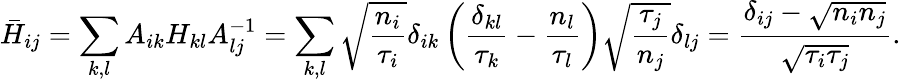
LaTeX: \bar{H}_{ij}=\sum_{k,l}A_{ik}H_{kl}A_{lj}^{-1}=\sum_{k,l}\sqrt{\frac{n_{i}}{\tau_{i}}}\delta_{ik}\left(\frac{\delta_{kl}}{\tau_{k}}-\frac{n_{l}}{\tau_{l}}\right)\sqrt{\frac{\tau_{j}}{n_{j}}}\delta_{lj}=\frac{\delta_{ij}-\sqrt{n_{i}n_{j}}}{\sqrt{\tau_{i}\tau_{j}}}.